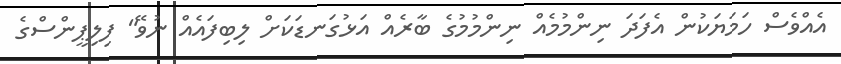
އެއްވެސް ހަމަޔަކުން އެފަދަ ނިންމުމެއް ނިންމުމުގެ ބާރެއް އަޅުގަނޑަކަށް ލިބިފައެއް ނުވޭ" ފިލިޕީންސްގެ